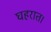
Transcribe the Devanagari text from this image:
घहरात।